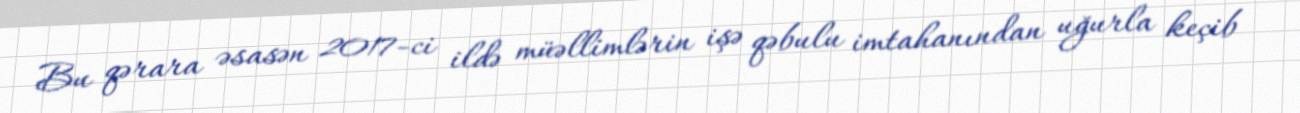
Bu qərara əsasən 2017-ci ildə müəllimlərin işə qəbulu imtahanından uğurla keçib